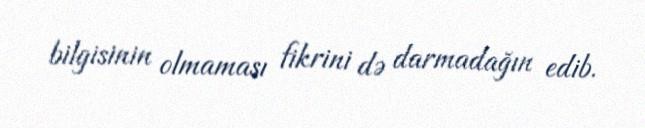
bilgisinin olmaması fikrini də darmadağın edib.